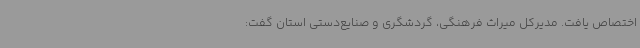
اختصاص یافت. مدیرکل میراث فرهنگی، گردشگری و صنایع‌دستی استان گفت: